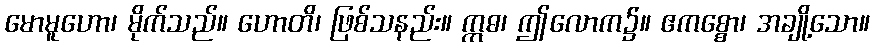
မောမူဟော၊ မိုက်သည်။ ဟောတိ၊ ဖြစ်သနည်း။ ဣဓ၊ ဤလောက၌။ ဧကစ္စော၊ အချို့သော။